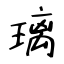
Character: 璃